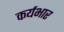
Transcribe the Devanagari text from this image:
कर्यभार